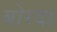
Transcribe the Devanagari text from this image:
बोरदा